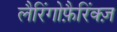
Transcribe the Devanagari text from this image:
लैरिंगोफ़ैरिंक्ज़